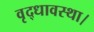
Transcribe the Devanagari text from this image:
वृद्धावस्था।